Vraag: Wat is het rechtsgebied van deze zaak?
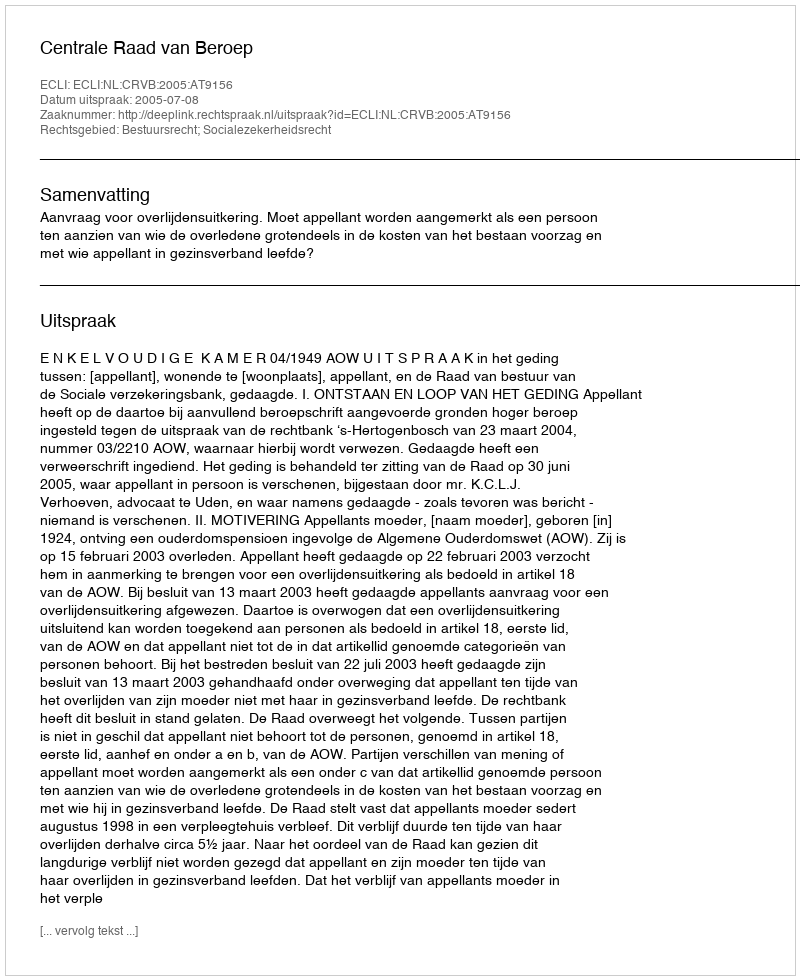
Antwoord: Bestuursrecht; Socialezekerheidsrecht